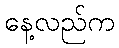
နေ့လည်က